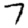
Digit: 7